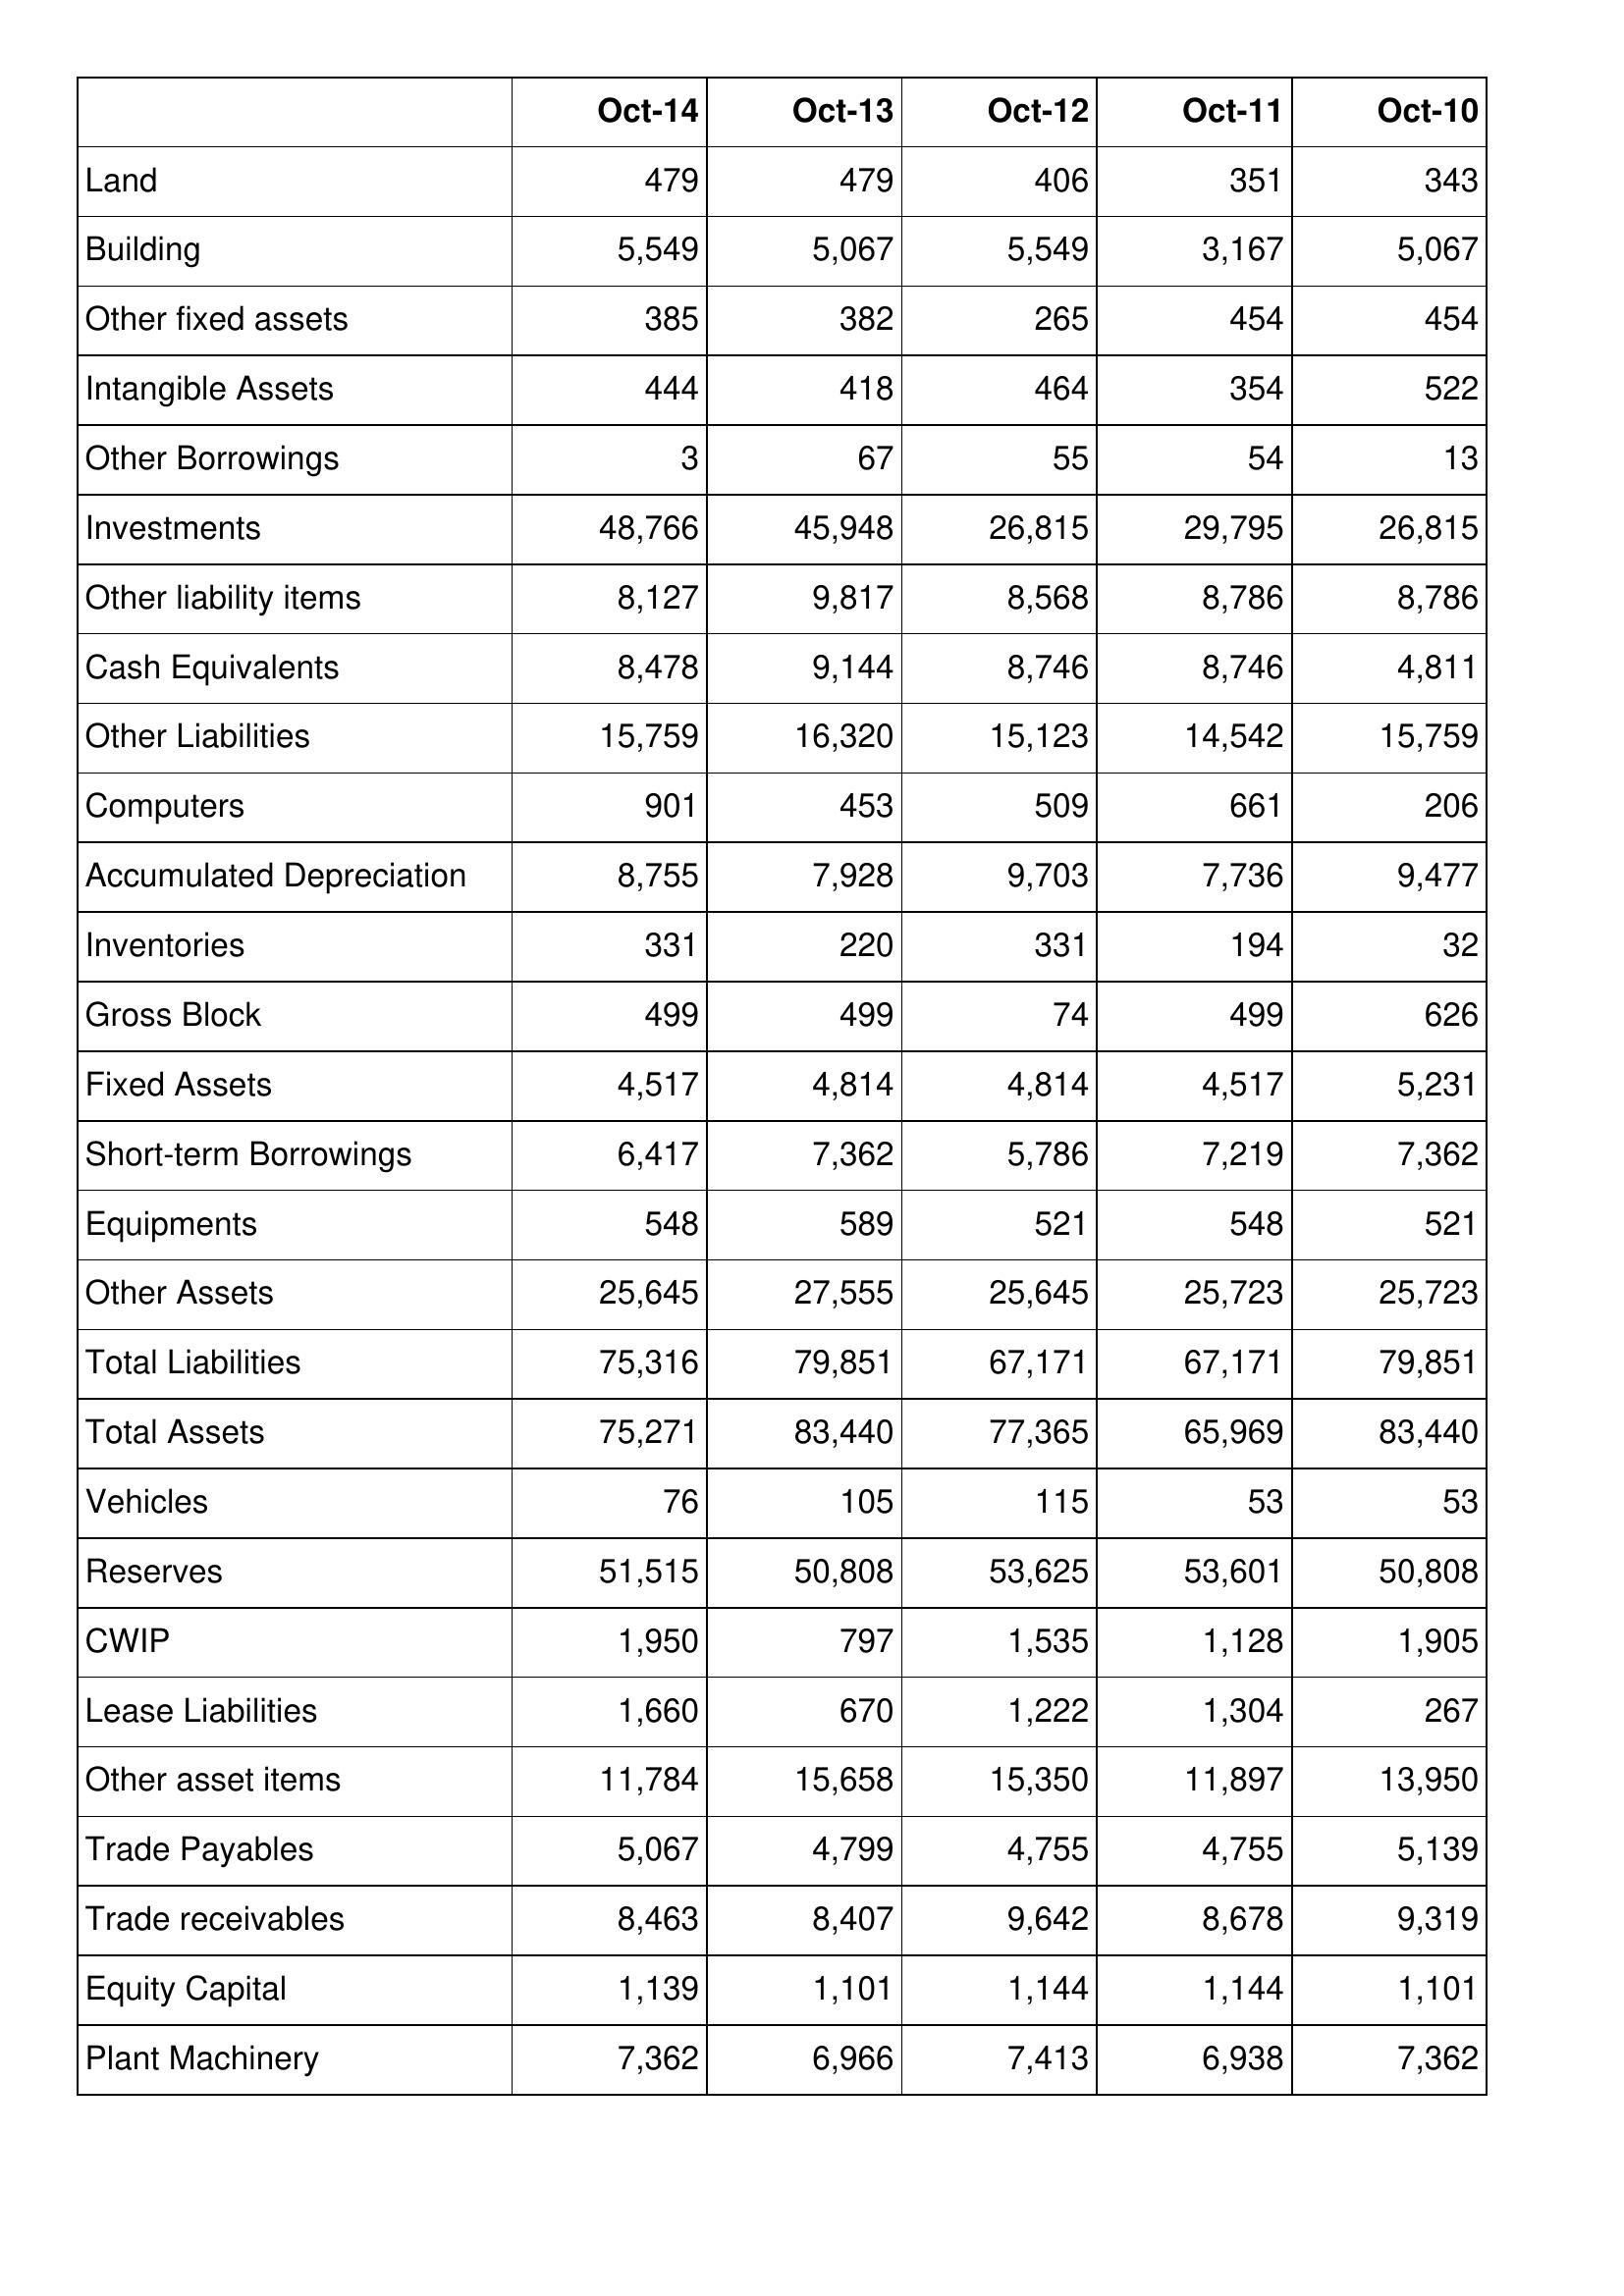
Oct-14: Balance Sheet: Land: 479
Building: 5,549
Other fixed assets: 385
Intangible Assets: 444
Other Borrowings: 3
Investments: 48,766
Other liability items: 8,127
Cash Equivalents: 8,478
Other Liabilities: 15,759
Computers: 901
Accumulated Depreciation: 8,755
Inventories: 331
Gross Block: 499
Fixed Assets: 4,517
Short-term Borrowings: 6,417
Equipments: 548
Other Assets: 25,645
Total Liabilities: 75,316
Total Assets: 75,271
Vehicles: 76
Reserves: 51,515
CWIP: 1,950
Lease Liabilities: 1,660
Other asset items: 11,784
Trade Payables: 5,067
Trade receivables: 8,463
Equity Capital: 1,139
Plant Machinery: 7,362
Oct-13: Balance Sheet: Land: 479
Building: 5,067
Other fixed assets: 382
Intangible Assets: 418
Other Borrowings: 67
Investments: 45,948
Other liability items: 9,817
Cash Equivalents: 9,144
Other Liabilities: 16,320
Computers: 453
Accumulated Depreciation: 7,928
Inventories: 220
Gross Block: 499
Fixed Assets: 4,814
Short-term Borrowings: 7,362
Equipments: 589
Other Assets: 27,555
Total Liabilities: 79,851
Total Assets: 83,440
Vehicles: 105
Reserves: 50,808
CWIP: 797
Lease Liabilities: 670
Other asset items: 15,658
Trade Payables: 4,799
Trade receivables: 8,407
Equity Capital: 1,101
Plant Machinery: 6,966
Oct-12: Balance Sheet: Land: 406
Building: 5,549
Other fixed assets: 265
Intangible Assets: 464
Other Borrowings: 55
Investments: 26,815
Other liability items: 8,568
Cash Equivalents: 8,746
Other Liabilities: 15,123
Computers: 509
Accumulated Depreciation: 9,703
Inventories: 331
Gross Block: 74
Fixed Assets: 4,814
Short-term Borrowings: 5,786
Equipments: 521
Other Assets: 25,645
Total Liabilities: 67,171
Total Assets: 77,365
Vehicles: 115
Reserves: 53,625
CWIP: 1,535
Lease Liabilities: 1,222
Other asset items: 15,350
Trade Payables: 4,755
Trade receivables: 9,642
Equity Capital: 1,144
Plant Machinery: 7,413
Oct-11: Balance Sheet: Land: 351
Building: 3,167
Other fixed assets: 454
Intangible Assets: 354
Other Borrowings: 54
Investments: 29,795
Other liability items: 8,786
Cash Equivalents: 8,746
Other Liabilities: 14,542
Computers: 661
Accumulated Depreciation: 7,736
Inventories: 194
Gross Block: 499
Fixed Assets: 4,517
Short-term Borrowings: 7,219
Equipments: 548
Other Assets: 25,723
Total Liabilities: 67,171
Total Assets: 65,969
Vehicles: 53
Reserves: 53,601
CWIP: 1,128
Lease Liabilities: 1,304
Other asset items: 11,897
Trade Payables: 4,755
Trade receivables: 8,678
Equity Capital: 1,144
Plant Machinery: 6,938
Oct-10: Balance Sheet: Land: 343
Building: 5,067
Other fixed assets: 454
Intangible Assets: 522
Other Borrowings: 13
Investments: 26,815
Other liability items: 8,786
Cash Equivalents: 4,811
Other Liabilities: 15,759
Computers: 206
Accumulated Depreciation: 9,477
Inventories: 32
Gross Block: 626
Fixed Assets: 5,231
Short-term Borrowings: 7,362
Equipments: 521
Other Assets: 25,723
Total Liabilities: 79,851
Total Assets: 83,440
Vehicles: 53
Reserves: 50,808
CWIP: 1,905
Lease Liabilities: 267
Other asset items: 13,950
Trade Payables: 5,139
Trade receivables: 9,319
Equity Capital: 1,101
Plant Machinery: 7,362